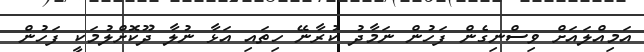
އަމިއްލައަށް ވިސްނިގެން ފަހުން ނަމާދު ކުރާނޭ ހިތައި އަޅާ ނުލާ ދޫކޮށްލުމަކީ ފަހުން